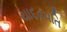
યાદવપતિ